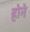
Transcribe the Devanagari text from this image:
हाेने